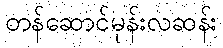
တန်ဆောင်မုန်းလဆန်း